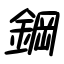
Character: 鋼